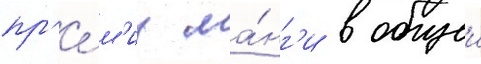
пр'е́м'иу ма́нг'и в общеи